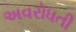
અવરોધતી